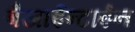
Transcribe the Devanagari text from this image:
बैजाईन्टाईन